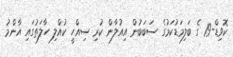
ކޮވިޑް-19 ގެ ބަލިމަޑުކަމުގެ ސަބަބުން އިއުލާން ކުރި ސިއްހީ ކުއްލި ހާލަތުގައި އާންމު